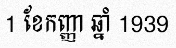
1 ខែកញ្ញា ឆ្នាំ 1939